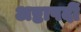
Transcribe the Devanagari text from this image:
अष्टापदीं